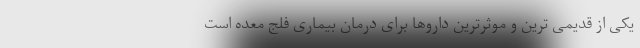
یکی از قدیمی‌ ترین و موثرترین داروها برای درمان بیماری فلج معده است